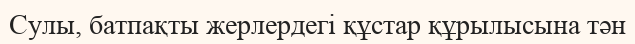
Сулы, батпақты жерлердегі құстар құрылысына тән